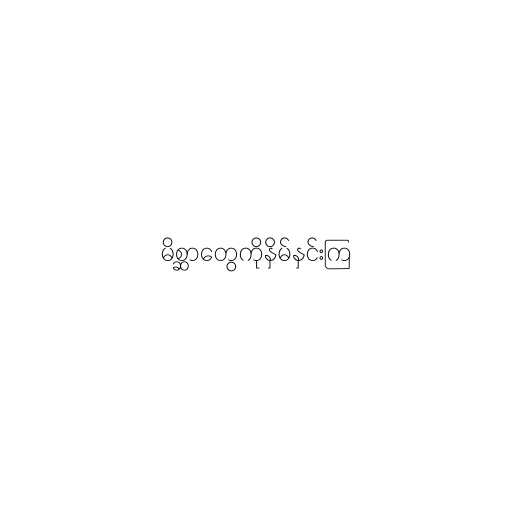
မိစ္ဆာတွေကိုနှိမ်နှင်းကြ